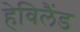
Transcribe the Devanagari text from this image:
हेविलैंड